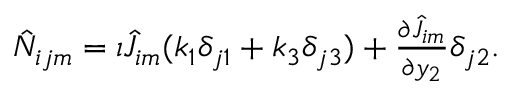
\begin{array} { r } { \hat { N } _ { i j m } = \iota \hat { J } _ { i m } ( k _ { 1 } \delta _ { j 1 } + k _ { 3 } \delta _ { j 3 } ) + \frac { \partial \hat { J } _ { i m } } { \partial y _ { 2 } } \delta _ { j 2 } . } \end{array}